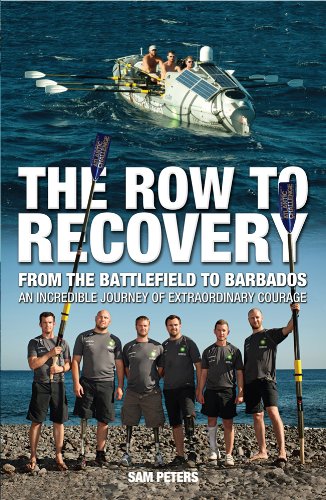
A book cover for The Row to Recovery: From the Battlefield to Barbados; Sam Peters; Travel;